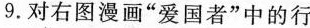
9.对右图漫画”爱国者”中的行